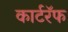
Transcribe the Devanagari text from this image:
कार्टरॅफ